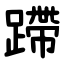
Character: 蹛